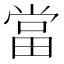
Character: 當